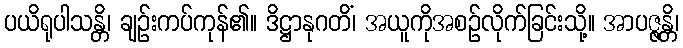
ပယိရုပါသန္တိ၊ ချဉ်းကပ်ကုန်၏။ ဒိဋ္ဌာနုဂတိံ၊ အယူကိုအစဉ်လိုက်ခြင်းသို့။ အာပဇ္ဇန္တိ၊